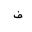
Letter: _fa